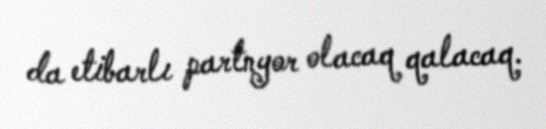
da etibarlı partnyor olacaq qalacaq.